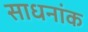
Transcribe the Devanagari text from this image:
साधनांक